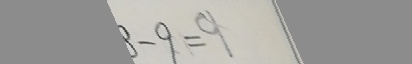
- 9 = 9